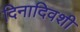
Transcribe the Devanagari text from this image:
दिनादिवशी